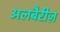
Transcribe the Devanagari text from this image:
अलबैरीज़